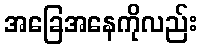
အခြေအနေကိုလည်း